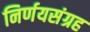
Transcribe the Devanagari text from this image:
निर्णयसंग्रह